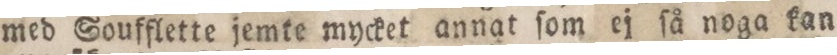
med Soufflette jemte mycket annat ſom ej ſå noga kan